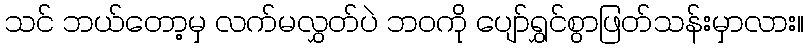
သင် ဘယ်တော့မှ လက်မလွှတ်ပဲ ဘဝကို ပျော်ရွှင်စွာဖြတ်သန်းမှာလား။